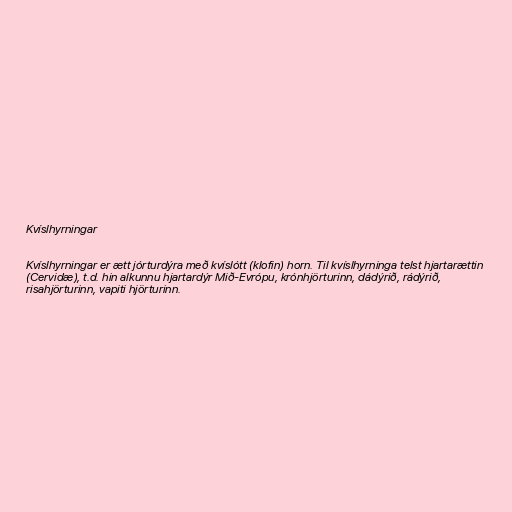
Kvíslhyrningar

Kvíslhyrningar er ætt jórturdýra með kvíslótt (klofin) horn. Til kvíslhyrninga telst hjartarættin
(Cervidæ), t.d. hin alkunnu hjartardýr Mið-Evrópu, krónhjörturinn, dádýrið, rádýrið,
risahjörturinn, vapiti hjörturinn.